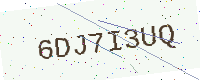
Text: 6DJ7I3UQ